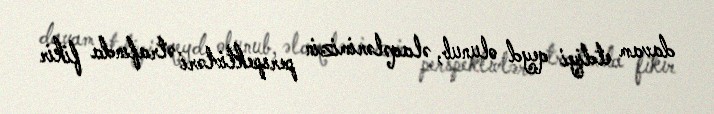
davam etdiyi qeyd olunub, əlaqələrimizin perspektivləri ətrafında fikir